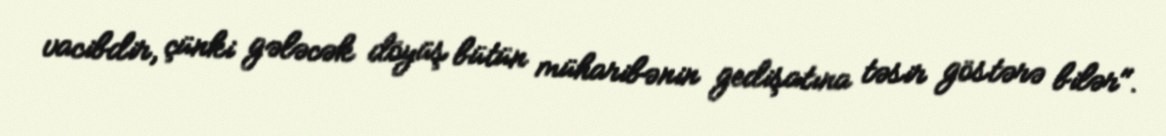
vacibdir, çünki gələcək döyüş bütün müharibənin gedişatına təsir göstərə bilər".